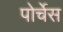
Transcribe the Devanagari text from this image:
पोर्चेस